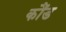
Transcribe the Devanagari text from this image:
कौंड